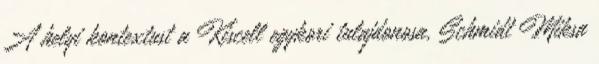
A helyi kontextust a Kiscell egykori tulajdonosa, Schmidt Miksa